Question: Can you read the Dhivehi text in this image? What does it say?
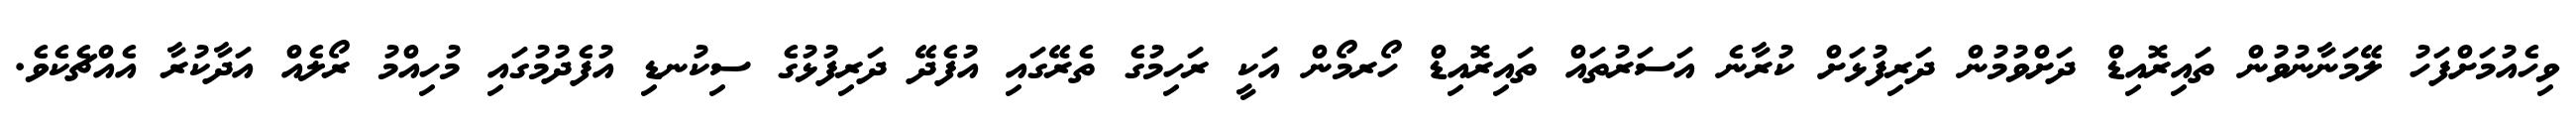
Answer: ވިހެއުމަށްފަހު ލޭމަނާނުވުން ތައިރޮއިޑް ދަށްވުމުން ދަރިފުޅަށް ކުރާނެ އަސަރުތައް ތައިރޮއިޑް ހޯރމޯން އަކީ ރަހިމުގެ ތެރޭގައި އުފެދޭ ދަރިފުޅުގެ ސިކުނޑި އުފެދުމުގައި މުހިއްމު ރޯލެއް އަދާކުރާ އެއްޗެކެވެ.